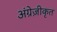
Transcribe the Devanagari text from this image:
अंग्रेज़ीकृत